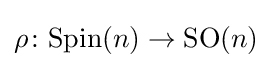
\rho \colon {\mathrm {Spin} }(n)\to {\mathrm {SO} }(n)